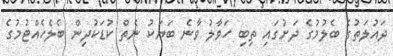
ދައުލަތުގެ ބެލުމުގެ ދަށުގައި ތިބި ހަވާލު ވާނެ ބަޔަކު ނެތް ކުޑަކުދިން ބެލެހެއްޓުމުގެ